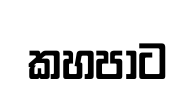
කහපාට